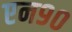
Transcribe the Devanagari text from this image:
एन९०